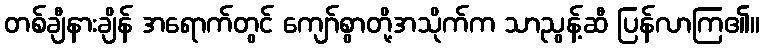
တစ်ချီနားချိန် အရောက်တွင် ကျော်စွာတို့အသိုက်က သာညွန့်ဆီ ပြန်လာကြ၏။